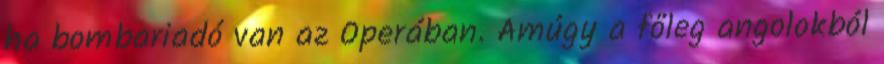
ha bombariadó van az Operában. Amúgy a főleg angolokból